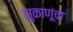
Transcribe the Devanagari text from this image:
सुकाणूंचा